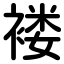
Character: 褛